Vabadussoja_Ajaloo_Komitee, lk 10
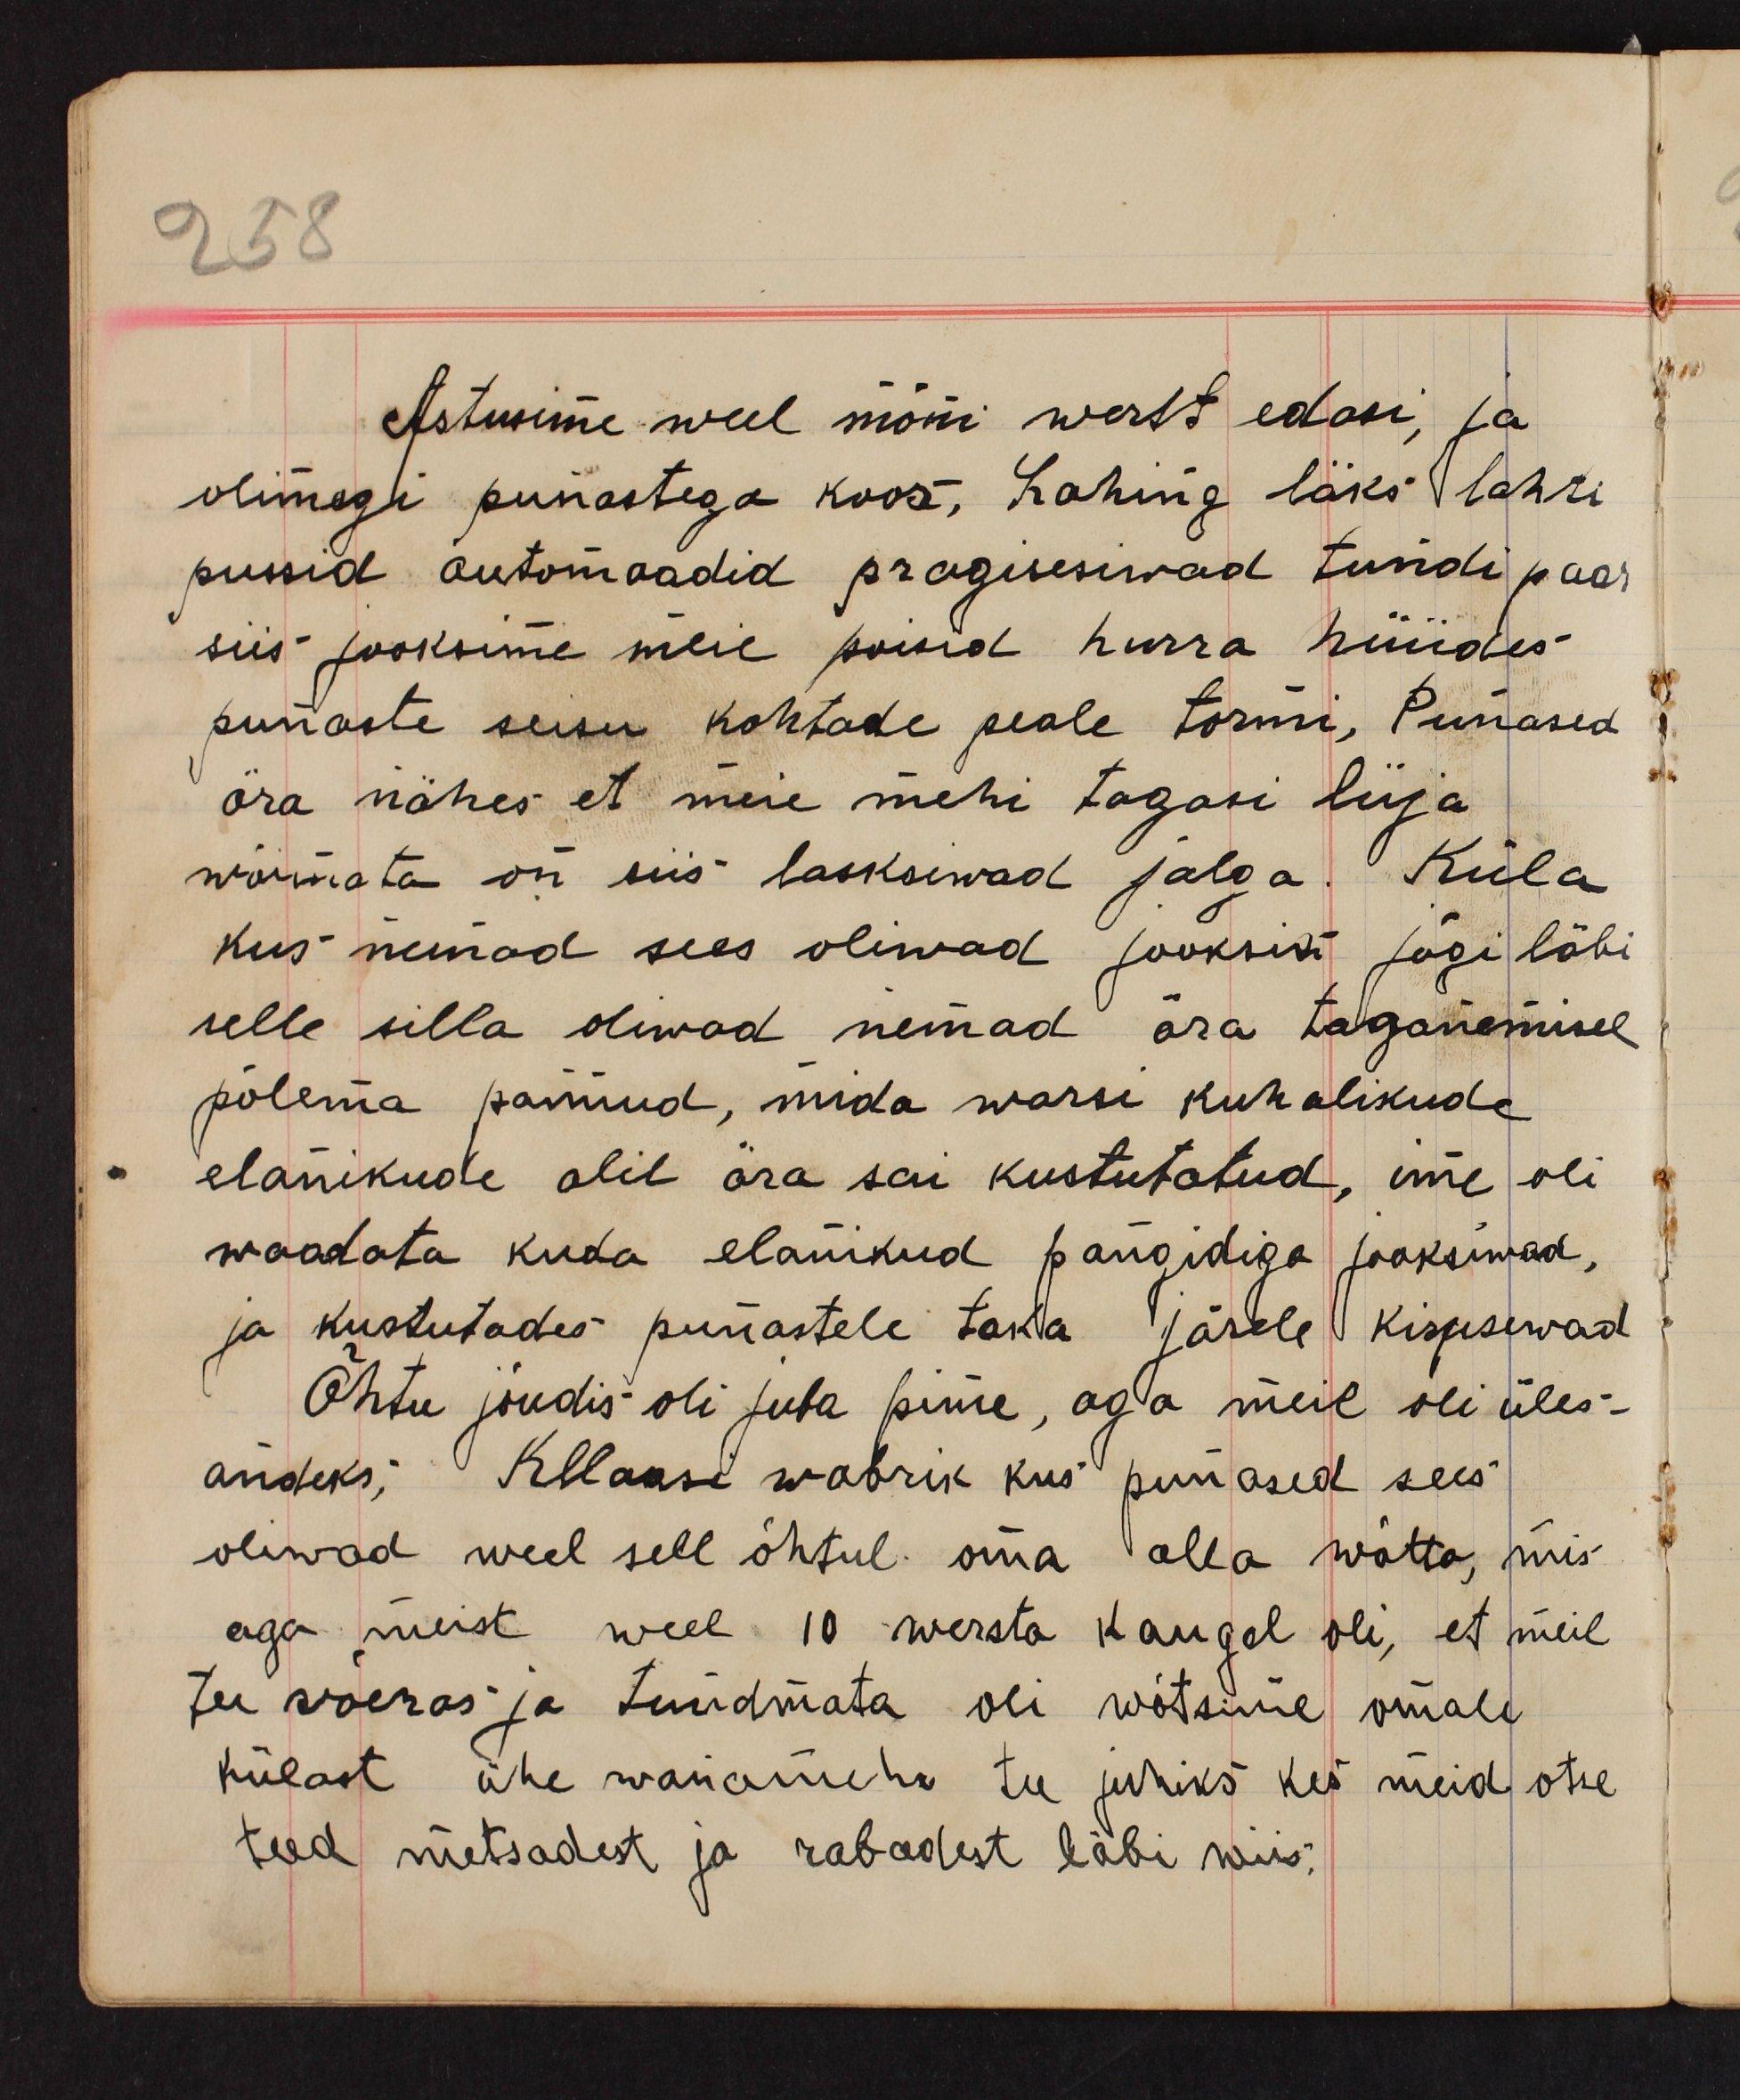
Astusime weel mõni werst edasi, ja
olimegi punastega koos, Lahing läks lahti
pussid automaadid pragisesiwad tundi paar
siis jooksime meie poisid hurra hüüdes
punaste seisu kohtade peale tormi, Punased
ära nähes et meie mehi tagasi lüja
wõimata on siis lasksewad jalga. Küla
kus nemad sees oliwad jooksis jõgi läbi
selle silla oliwad nemad ära taganemisel
põlema pannud, mida warsi kuhalikude
elanikude abil ära sai kustutatud, ime oli
waadata kuda elanikud pangidiga jooksiwad,
ja kustutades punastele taka järele kisusewad
Õhtu jõudis oli juba pime, aga meil oli üles-
andeks; Kllaasi wabrik kus punased sees
oliwad weel sell õhtul oma alla wõtta, mis
aga meist weel 10 wersta kaugel oli, et meil
tee wõeras ja tundmata oli wõtsime omale
külast, ühe wanamehe tee juhiks kes meid otse
teed metsadest ja rabadest läbi viis;